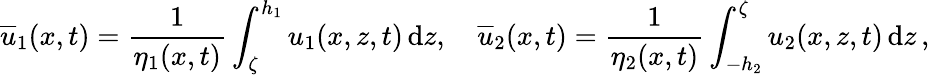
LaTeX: {\overline{{u}}}_{1}(x,t)=\frac{1}{\eta_{1}(x,t)}\int_{\zeta}^{h_{1}}u_{1}(x,z,t)\, \mathrm{d}z,\quad{\overline{{u}}}_{2}(x,t)=\frac 1{\eta_{2}(x,t)}\int_{-h_{2}}^{\zeta}u_{2}(x,z,t)\, \mathrm{d}z\, ,